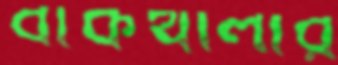
বাঁকখালীর